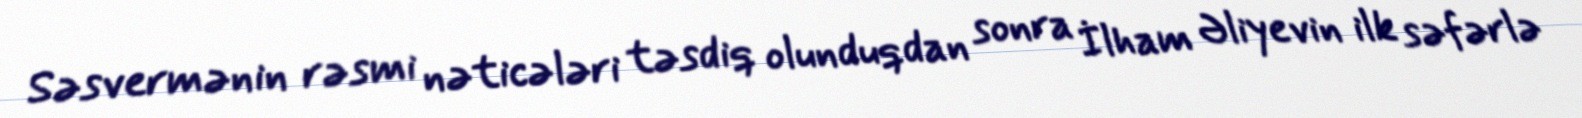
Səsvermənin rəsmi nəticələri təsdiq olunduqdan sonra İlham Əliyevin ilk səfərlə